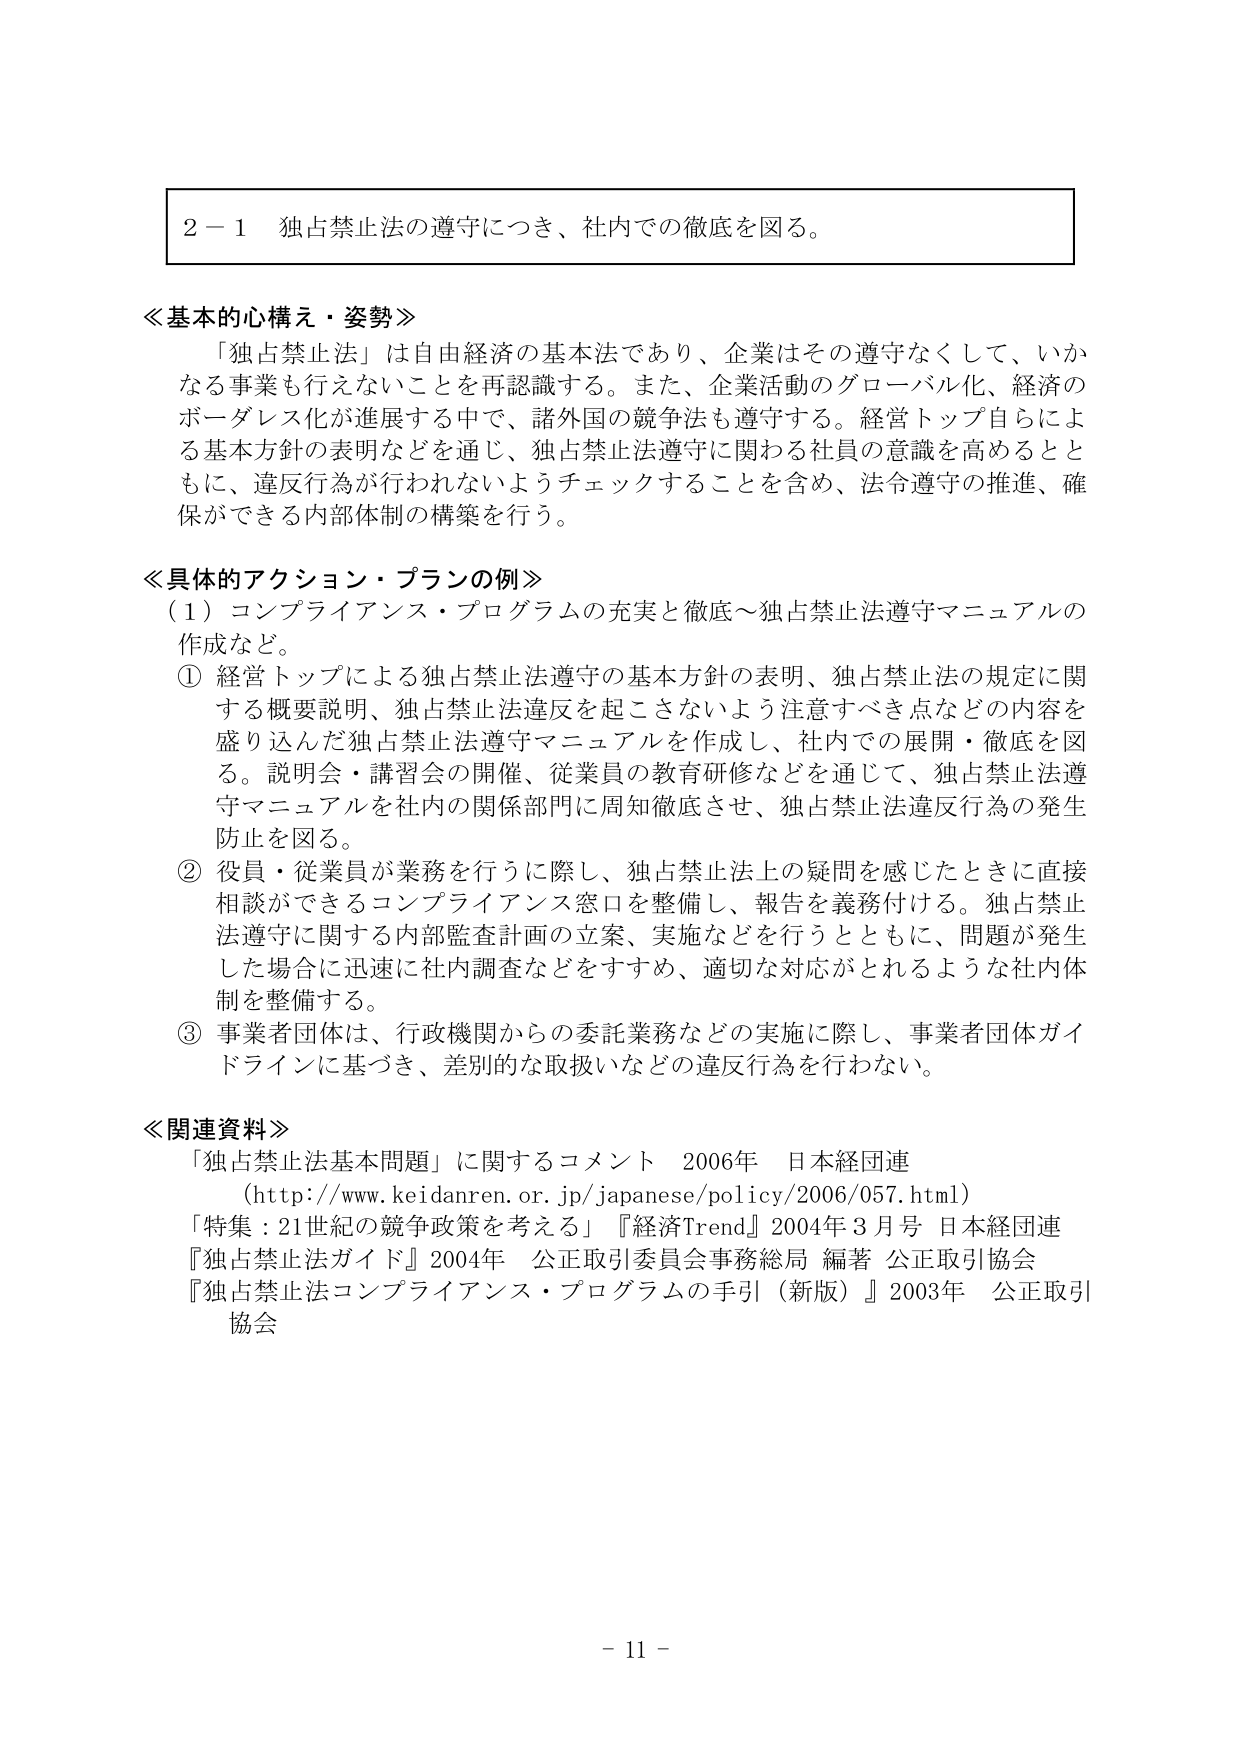
２－１ 独占禁止法の遵守につき、社内での徹底を図る。

≪基本的心構え・姿勢≫
「独占禁止法」は自由経済の基本法であり、企業はその遵守なくして、いかなる事業も行えないことを再認識する。また、企業活動のグローバル化、経済のボーダレス化が進展する中で、諸外国の競争法も遵守する。経営トップ自らによる基本方針の表明などを通じ、独占禁止法遵守に関わる社員の意識を高めるとともに、違反行為が行われないようチェックすることを含め、法令遵守の推進、確保ができる内部体制の構築を行う。

≪具体的アクション・プランの例≫
（１）コンプライアンス・プログラムの充実と徹底～独占禁止法遵守マニュアルの作成など。
① 経営トップによる独占禁止法遵守の基本方針の表明、独占禁止法の規定に関する概要説明、独占禁止法違反を起こさないよう注意すべき点などの内容を盛り込んだ独占禁止法遵守マニュアルを作成し、社内での展開・徹底を図る。説明会・講習会の開催、従業員の教育研修などを通じて、独占禁止法遵守マニュアルを社内の関係部門に周知徹底させ、独占禁止法違反行為の発生防止を図る。
② 役員・従業員が業務を行うに際し、独占禁止法上の疑問を感じたときに直接相談ができるコンプライアンス窓口を整備し、報告を義務付ける。独占禁止法遵守に関する内部監査計画の立案、実施などを行うとともに、問題が発生した場合に迅速に社内調査などをすすめ、適切な対応がとれるような社内体制を整備する。
③ 事業者団体は、行政機関からの委託業務などの実施に際し、事業者団体ガイドラインに基づき、差別的な取扱いなどの違反行為を行わない。

≪関連資料≫
「独占禁止法基本問題」に関するコメント 2006年 日本経団連
（http://www.keidanren.or.jp/japanese/policy/2006/057.html）
「特集：21世紀の競争政策を考える」『経済Trend』2004年３月号 日本経団連
『独占禁止法ガイド』2004年 公正取引委員会事務総局 編著 公正取引協会
『独占禁止法コンプライアンス・プログラムの手引（新版）』2003年 公正取引協会

－ 11 －